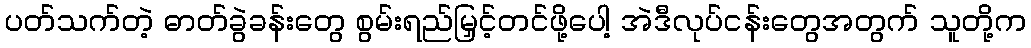
ပတ်သက်တဲ့ ဓာတ်ခွဲခန်းတွေ စွမ်းရည်မြှင့်တင်ဖို့ပေါ့ အဲဒီလုပ်ငန်းတွေအတွက် သူတို့က